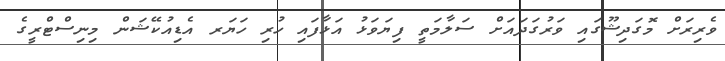
ވެރިރަށް މޮގަދިޝޫގައި ވަރުގަދައަށް ސަލާމަތީ ފިޔަވަޅު އަޅާފައި ހުރި ހަޔަރ އެޑިއުކޭޝަން މިނިސްޓްރީގެ